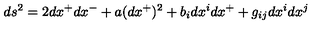
d s ^ { 2 } = 2 d x ^ { + } d x ^ { - } + a ( d x ^ { + } ) ^ { 2 } + b _ { i } d x ^ { i } d x ^ { + } + g _ { i j } d x ^ { i } d x ^ { j }